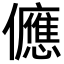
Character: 㒣